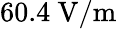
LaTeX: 60.4~\mathrm{V/m}